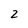
Character: 2